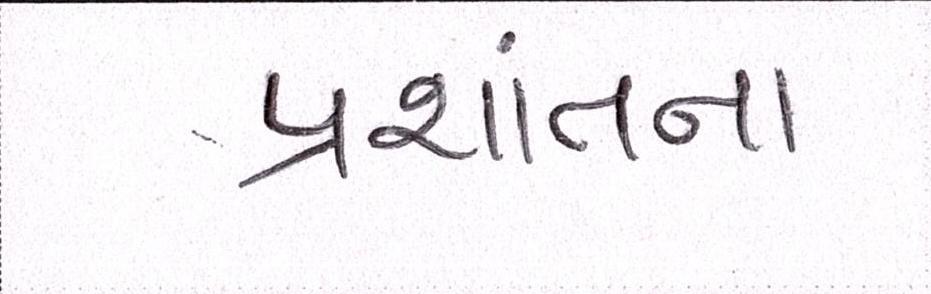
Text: પ્રશાંતના